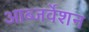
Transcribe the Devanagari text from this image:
आब्जर्वेशन